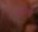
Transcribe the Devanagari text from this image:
कामिणी